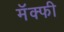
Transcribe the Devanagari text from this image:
मॅक्फी